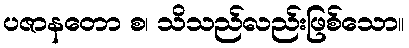
ပဇာနတော စ၊ သိသည်လည်းဖြစ်သော။